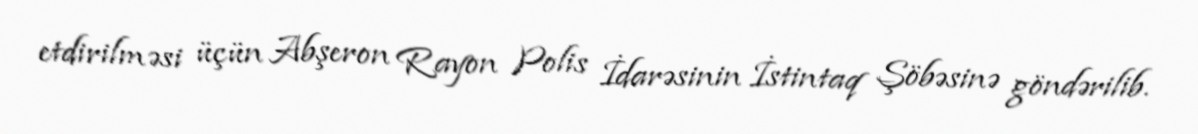
etdirilməsi üçün Abşeron Rayon Polis İdarəsinin İstintaq Şöbəsinə göndərilib.